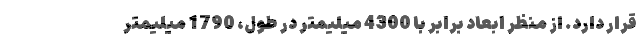
قرار دارد. از منظر ابعاد برابر با 4300 میلیمتر در طول، 1790 میلیمتر